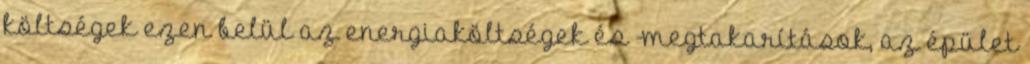
költségek ezen belül az energiaköltségek és -megtakarítások, az épület